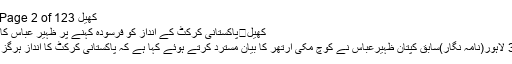
کھیل Archives ⋆ Page 2 of 123
کھیل	پاکستانی کرکٹ کے انداز کو فرسودہ کہنے پر ظہیر عباس کا آرتھر کو جواب
3 دن پہلے	39 لاہور(نامہ نگار)سابق کپتان ظہیرعباس نے کوچ مکی آرتھر کا بیان مسترد کرتے ہوئے کہا ہے کہ پاکستانی کرکٹ کا انداز ہرگز فرسودہ نہیں ہوا۔